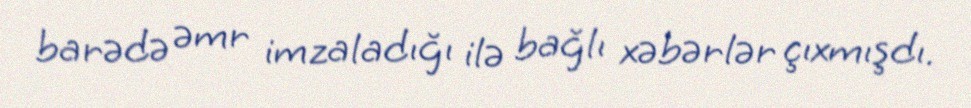
barədə əmr imzaladığı ilə bağlı xəbərlər çıxmışdı.